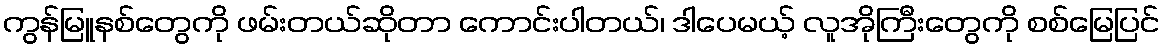
ကွန်မြူနစ်တွေကို ဖမ်းတယ်ဆိုတာ ကောင်းပါတယ်၊ ဒါပေမယ့် လူအိုကြီးတွေကို စစ်မြေပြင်